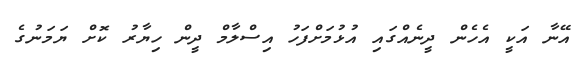
އޭނާ އަކީ އެހެން ދީނެއްގައި އުޅުމަށްފަހު އިސްލާމް ދީން ހިޔާރު ކޮށް ޔަމަނުގެ